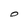
Character: 0